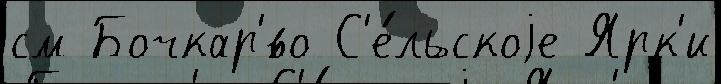
см Бочкар'́во С'е́льскоjе Ярк'и